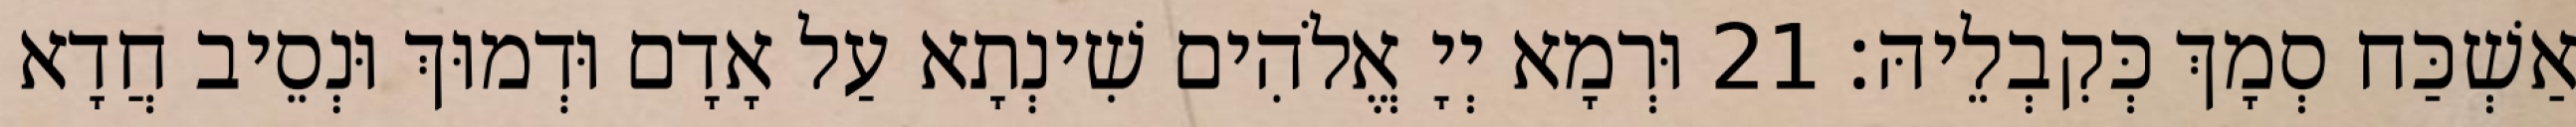
אַשְׁכַּח סְמָךְ כְּקִבְלֵיהּ׃ 21 וּרְמָא יְיָ אֱלֹהִים שִׁינְתָא עַל אָדָם וּדְמוּךְ וּנְסֵיב חֲדָא